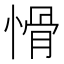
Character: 愲